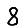
Digit: 8